DOW-UAP-D48, Department of the Air Force Report, 1996
Agency: Department of War
Incident date: 9/10/96
Page 71
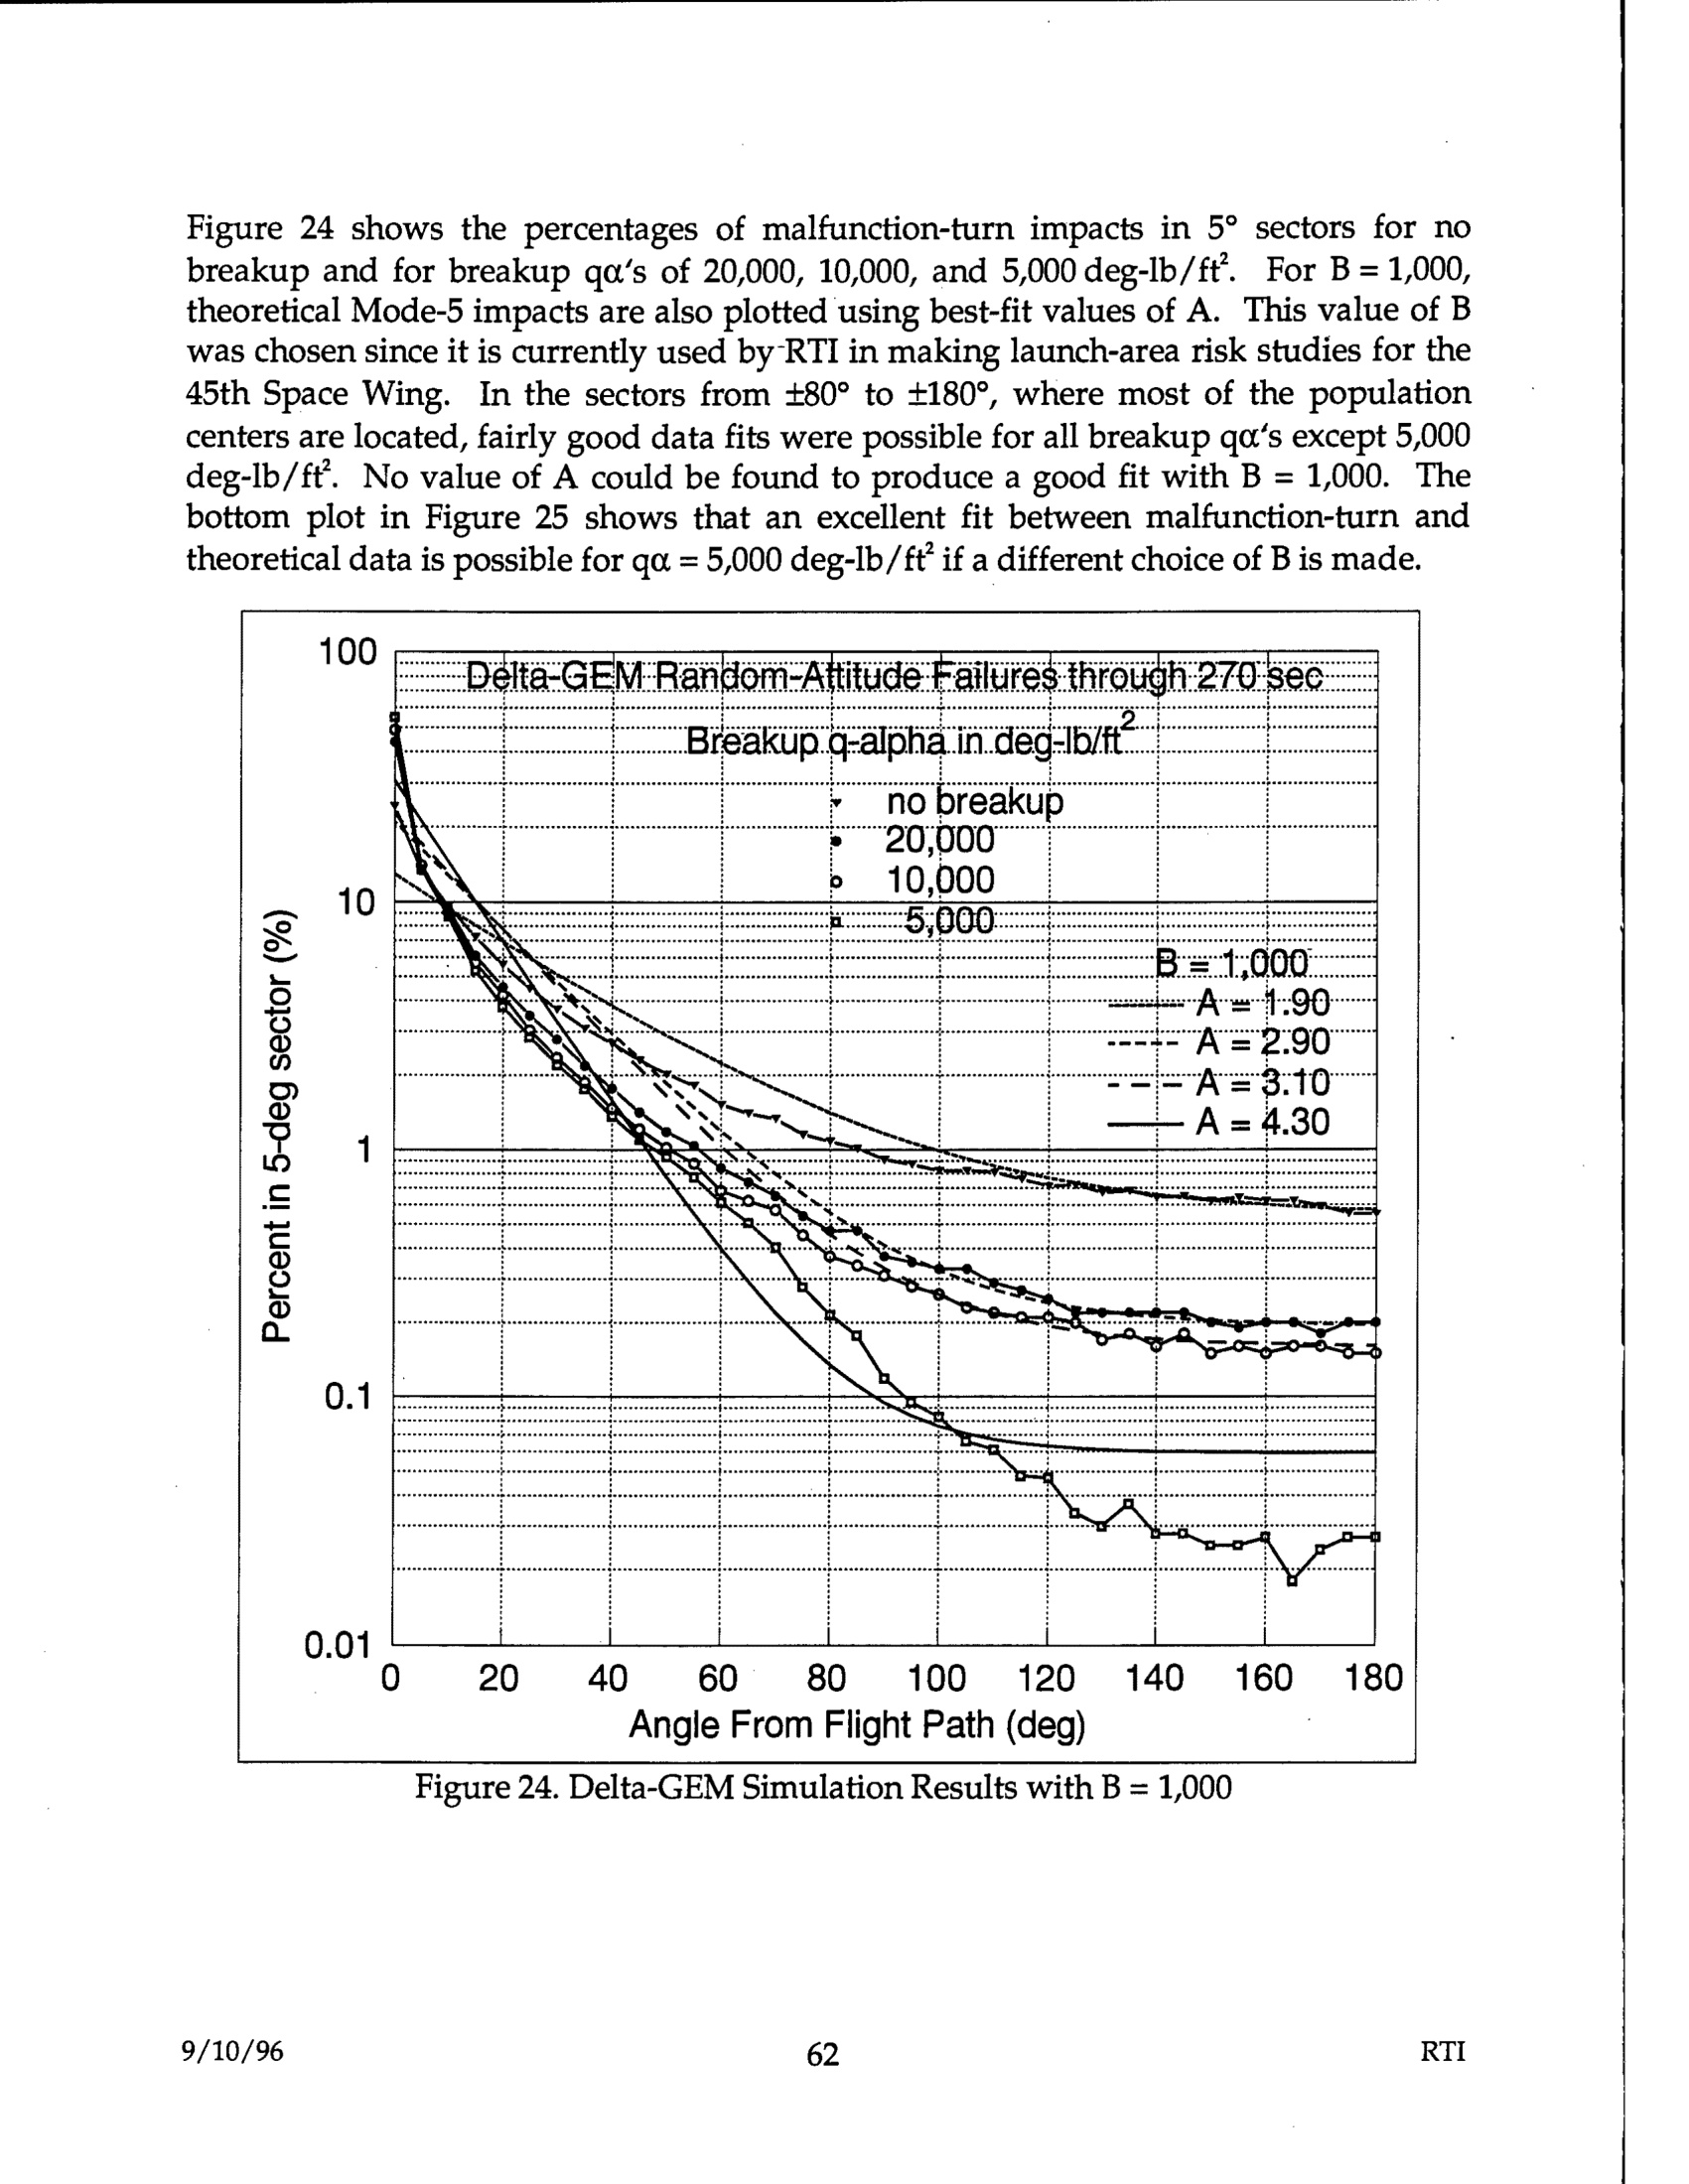